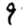
Digit: 9